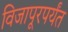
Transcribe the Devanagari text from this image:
विजापूरपर्यंत